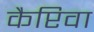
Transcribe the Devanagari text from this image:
कैप्टिवा